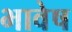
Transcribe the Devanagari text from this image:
भावेष